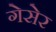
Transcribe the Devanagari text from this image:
गेसेर